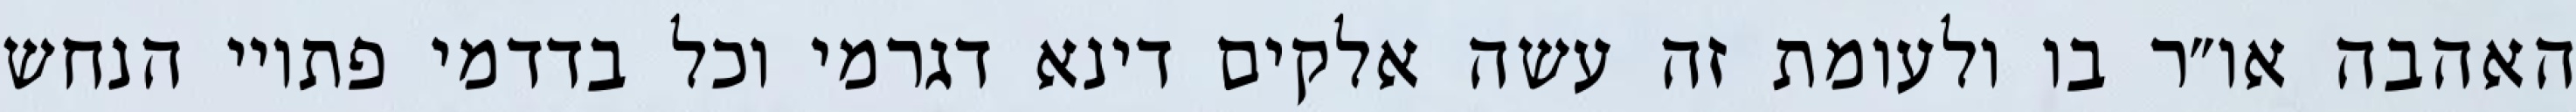
האהבה או״ר בו ולעומת זה עשה אלקים דינא דגרמי וכל בדדמי פתויי הנחש